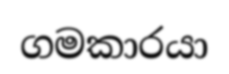
ගමකාරයා